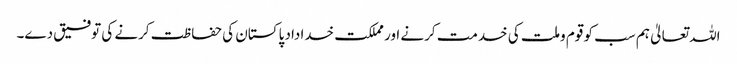
اللہ تعالیٰ ہم سب کو قوم وملت کی خدمت کرنے اور مملکت خداداد پاکستان کی حفاظت کرنے کی توفیق دے۔